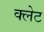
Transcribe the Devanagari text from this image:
क्लेट